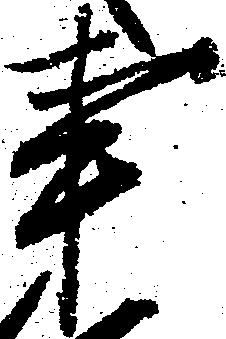
事